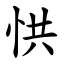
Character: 㤨